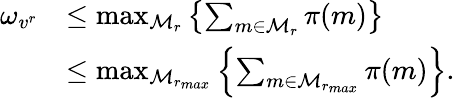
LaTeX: \begin{array}{rl}{\omega_{v^{r}}}&{\leq\operatorname*{max}_{\mathcal{M}_{r}}\left\{ \sum_{m\in\mathcal{M}_{r}}\pi(m)\right\} }\\ &{\leq\operatorname*{max}_{\mathcal{M}_{r_{max}}}\left\{ \sum_{m\in\mathcal{M}_{r_{max}}}\pi(m)\right\} .}\end{array}